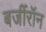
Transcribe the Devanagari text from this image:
बर्जीरॉन